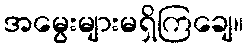
အမွေးများမရှိကြချေ။